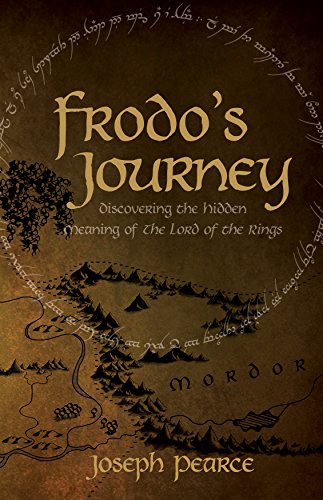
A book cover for Frodo's Journey: Discover the Hidden Meaning of The Lord of the Rings; Joseph Pearce; Science Fiction & Fantasy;